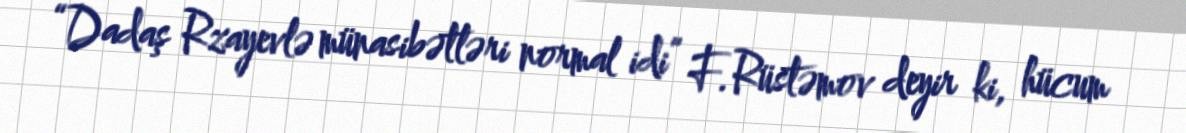
“Dadaş Rzayevlə münasibətləri normal idi” F.Rüstəmov deyir ki, hücum